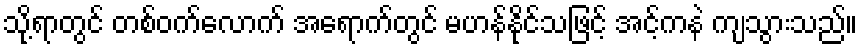
သို့ရာတွင် တစ်ဝက်လောက် အရောက်တွင် မဟန်နိုင်သဖြင့် အင့်ကနဲ ကျသွားသည်။